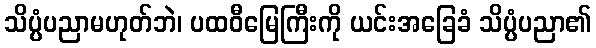
သိပ္ပံပညာမဟုတ်ဘဲ၊ ပထဝီမြေကြီးကို ယင်းအခြေခံ သိပ္ပံပညာ၏